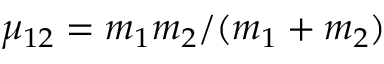
\mu _ { 1 2 } = m _ { 1 } m _ { 2 } / ( m _ { 1 } + m _ { 2 } )